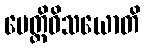
ပေတ္တိဝိသယောတိ